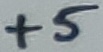
Text: +5